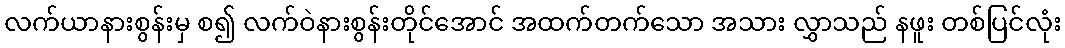
လက်ယာနားစွန်းမှ စ၍ လက်ဝဲနားစွန်းတိုင်အောင် အထက်တက်သော အသား လွှာသည် နဖူး တစ်ပြင်လုံး